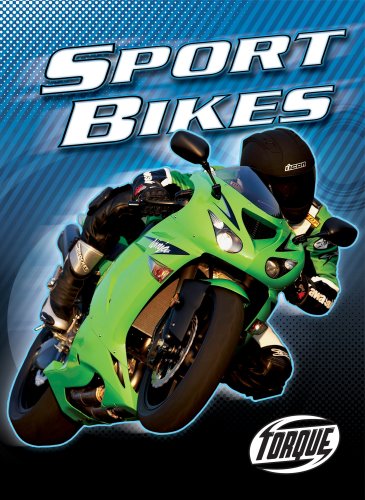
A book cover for Sport Bikes (Torque Books: Motorcycles); Jack David; Children's Books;